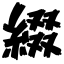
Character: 綴